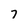
Character: 7